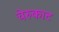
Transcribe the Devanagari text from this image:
चेरुकाट